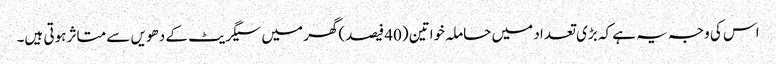
اس کی وجہ یہ ہے کہ بڑی تعداد میں حاملہ خواتین (40 فیصد)گھر میں سیگریٹ کے دھویں سے متاثر ہوتی ہیں۔